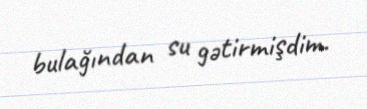
bulağından su gətirmişdim.